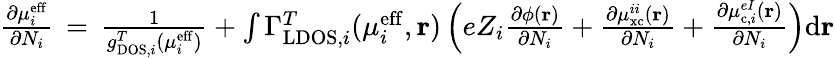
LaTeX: \begin{array}{r}{\frac{\partial\mu_{i}^{\mathrm{eff}}}{\partial N_{i}}\, =\, \frac{1}{g_{\mathrm{DOS},i}^{T}(\mu_{i}^{\mathrm{eff}})}+\int\Gamma_{\mathrm{LDOS},i}^{T}(\mu_{i}^{\mathrm{eff}},\mathbf{r})\left(eZ_{i}\frac{\partial\phi(\mathbf{r})}{\partial N_{i}}+\frac{\partial\mu_{\mathrm{xc}}^{ii}(\mathbf{r})}{\partial N_{i}}+\frac{\partial\mu_{\mathrm{c},i}^{eI}(\mathbf{r})}{\partial N_{i}}\right)\mathrm{d}\mathbf{r}}\end{array}